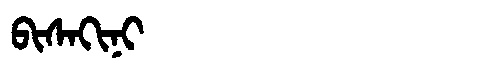
Manchu: ᠪᡳᠰᠠᡴᡳᠨᡳ
Romanization: BISAKINI